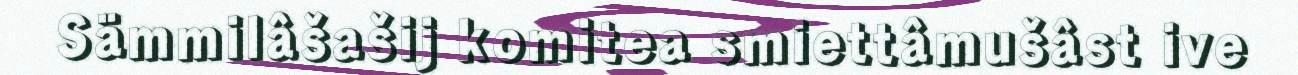
Sämmilâšašij komitea smiettâmušâst ive